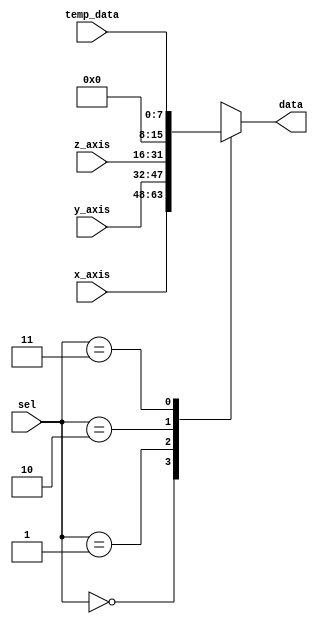
`timescale 1ns / 1ps
//////////////////////////////////////////////////////////////////////////////////////////
// Company: Digilent Inc.
// 
// Module Name:    data_select
// Project Name: 	 PmodGYRO_Demo
// Target Devices: Nexys3
// Tool versions:  ISE 14.1
// Description: Uses "sel" input signals to select data to output on "data" bus.
//
// Revision History: 
// 						Revision 0.01 - File Created (Andrew Skreen)
//							Revision 1.00 - Added Comments and Converted to Verilog (Josh Sackos)
//////////////////////////////////////////////////////////////////////////////////////////

// ==============================================================================
// 										  Define Module
// ==============================================================================
module data_select(
		x_axis,
		y_axis,
		z_axis,
		temp_data,
		data,
		sel
);

// ==============================================================================
// 									   Port Declarations
// ==============================================================================

			input [15:0]  x_axis;
			input [15:0]  y_axis;
			input [15:0]  z_axis;
			input [7:0]   temp_data;
			input [1:0]   sel;
			output [15:0] data;

// ==============================================================================
// 							  Parameters, Registers, and Wires
// ==============================================================================

			reg [15:0] data;
   
// ==============================================================================
// 									    Implementation
// ==============================================================================
   
			always @(sel, x_axis, y_axis, z_axis, temp_data) begin
					case (sel)
							2'b00 : data <= x_axis;
							2'b01 : data <= y_axis;
							2'b10 : data <= z_axis;
							2'b11 : data <= {8'h00, temp_data};
					endcase
			end

endmodule